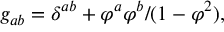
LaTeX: g _ { a b } = \delta ^ { a b } + \varphi ^ { a } \varphi ^ { b } / ( 1 - \varphi ^ { 2 } ) ,